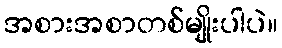
အစားအစာတစ်မျိုးပါပဲ။